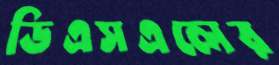
ডিএসএলের